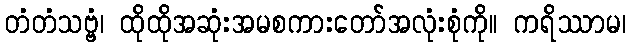
တံတံသဗ္ဗံ၊ ထိုထိုအဆုံးအမစကားတော်အလုံးစုံကို။ ကရိဿာမ၊